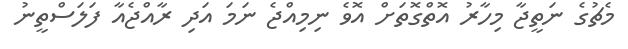
މެޗުގެ ނަތީޖާ މިހާރު އޮތްގޮތަށް އޮވެ ނިމިއްޖެ ނަމަ އަދި ރާއްޖެއާ ފަލަސްތީނު